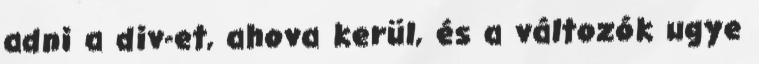
adni a div-et, ahova kerül, és a változók ugye